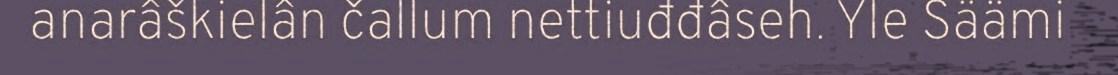
anarâškielân čallum nettiuđđâseh. Yle Säämi